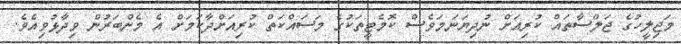
މަޖިލީހުގެ ޖަލްސާތައް ކުރިއަށް ނުދިޔަނަމަވެސް ކޮމެޓީތަކުގެ މަސައްކަތް ކުރިއަށްދާކަމަށް އެ މެންބަރުން ވިދާޅުވިއެވެ.